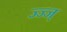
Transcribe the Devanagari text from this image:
ज्ज्ज्